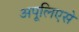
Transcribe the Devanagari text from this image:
अपूलिएसे